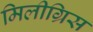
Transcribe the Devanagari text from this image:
मिलीग्रिस